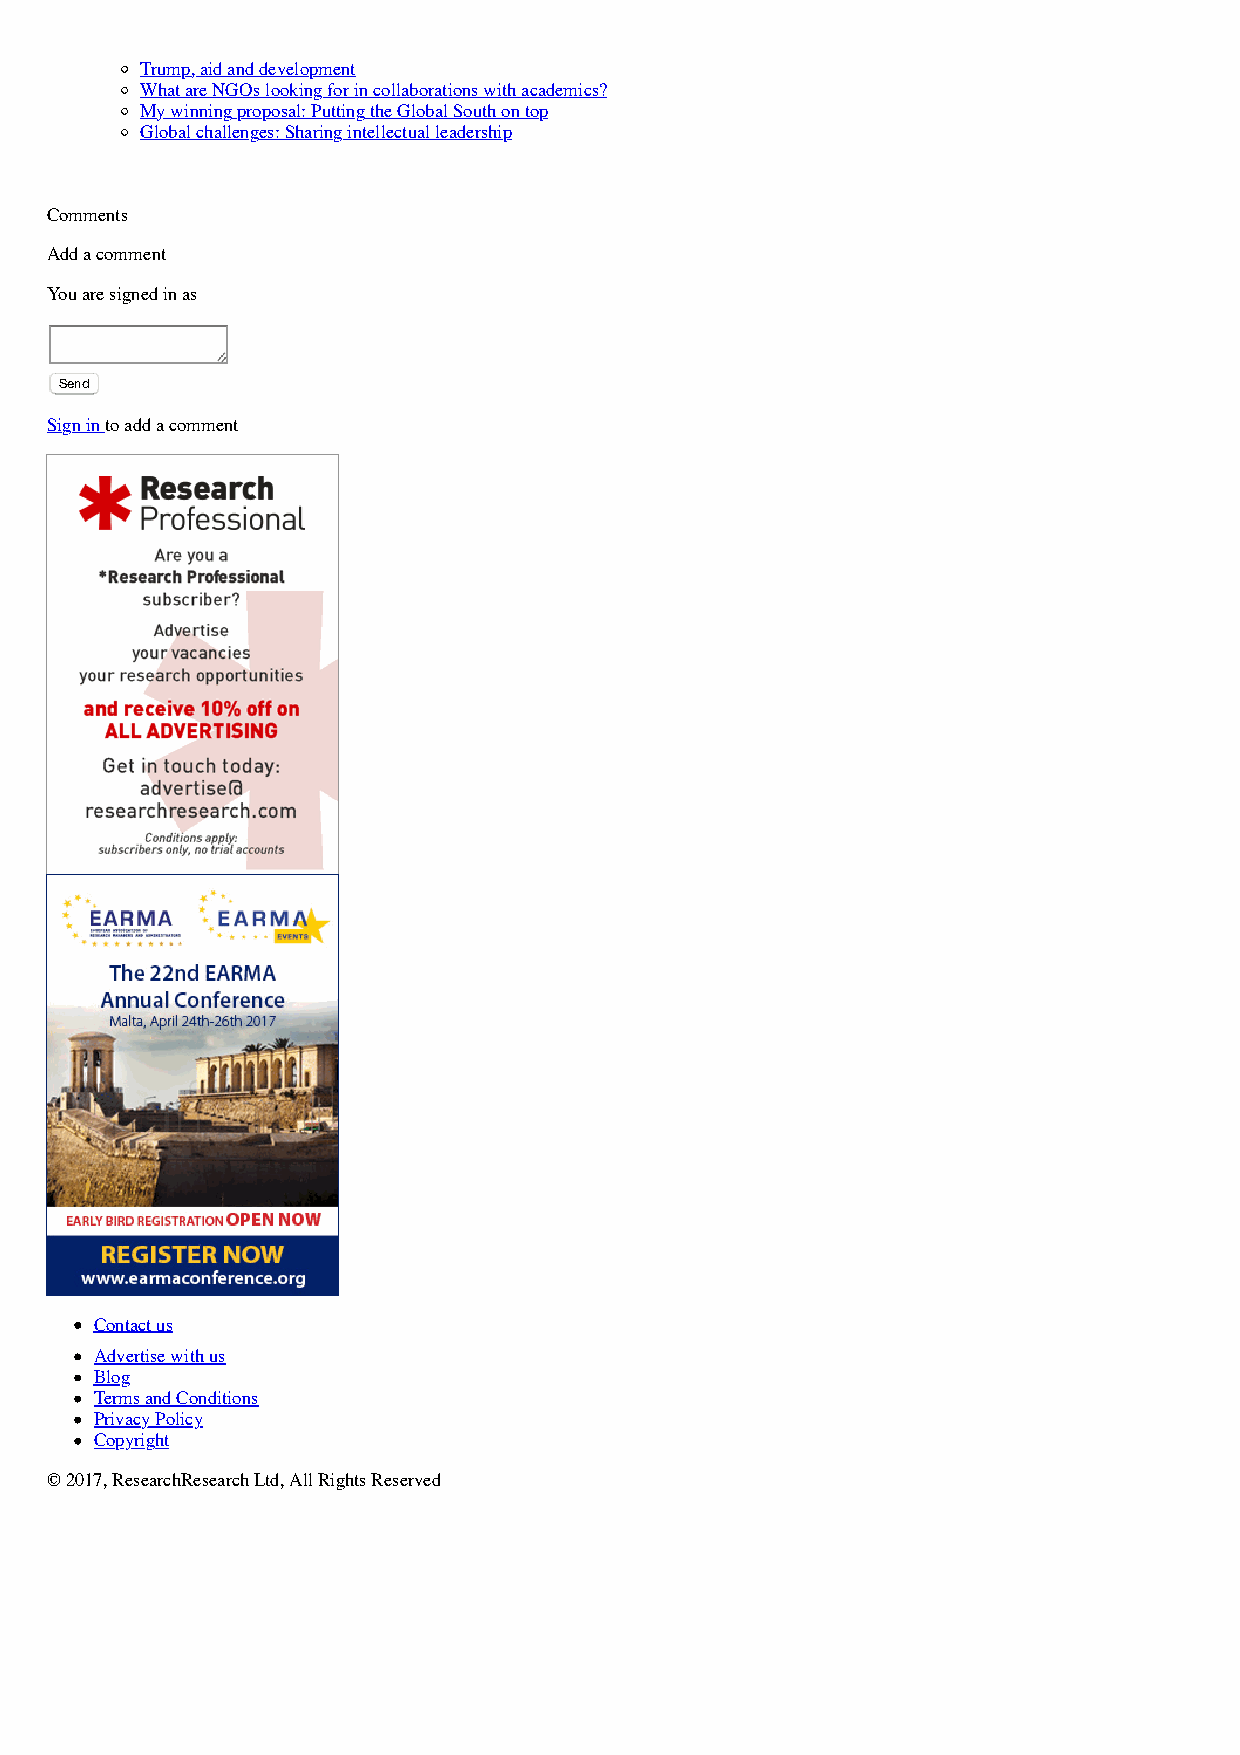
Trump, aid and development
 What are NGOs looking for in collaborations with academics?
 My winning proposal: Putting the Global South on top
 Global challenges: Sharing intellectual leadership
 Comments
 Add a comment
 You are signed in as
 Send
 Sign in to add a comment
 Contact us
 Advertise with us
 Blog
 Terms and Conditions
 Privacy Policy
 Copyright
 © 2017, ResearchResearch Ltd, All Rights Reserved